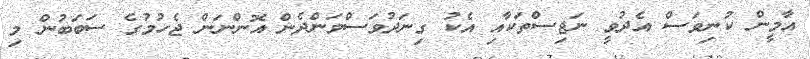
އާމީން ކުނިވަސް އެދުވީ ނަޖިސްތަކާއި އެކު ގިނަދުވަސްވަންދެން އޮންނަން ޖެހުމުގެ ސަބަބުން މި